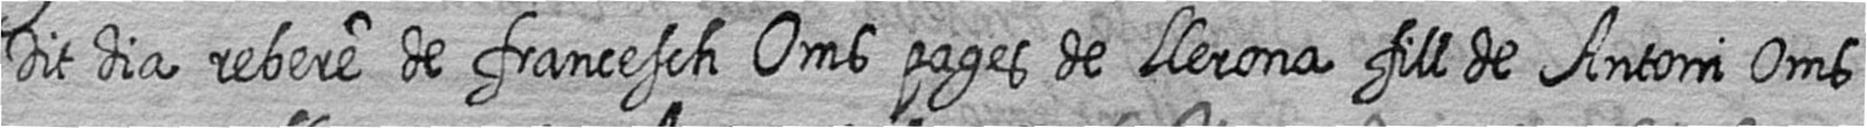
Dit dia rebere de francesch Oms pages de LLerona fill de Antoni Oms